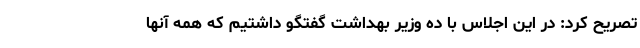
تصریح کرد: در این اجلاس با ده وزیر بهداشت گفتگو داشتیم که همه آنها